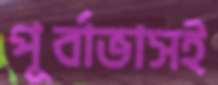
পূর্বাভাসই